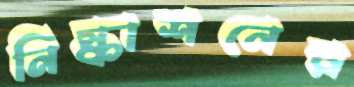
নিস্কাশনের